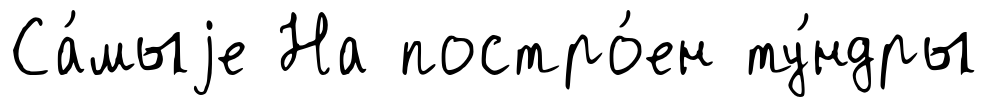
Са́мыjе На постро́ен ту́ндры